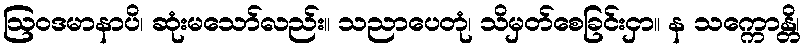
ဩဝဒမာနာပိ၊ ဆုံးမသော်လည်း။ သညာပေတုံ၊ သိမှတ်စေခြင်းငှာ။ န သက္ကောန္တိ၊